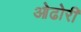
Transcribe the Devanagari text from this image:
ओढोरी